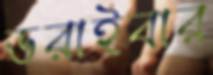
ডরাইবার